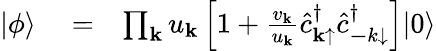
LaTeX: \begin{array}{rlr}{|\phi\rangle}&{{}=}&{\prod_{{\mathbf k}}u_{{\mathbf k}}\left[1+\frac{v_{{\mathbf k}}}{u_{{\mathbf k}}}\hat{c}_{{\mathbf k}\mathrm{\uparrow}}^{\dagger}\hat{c}_{{\mathbf-k}\mathrm{\downarrow}}^{\dagger}\right]|0\rangle}\end{array}